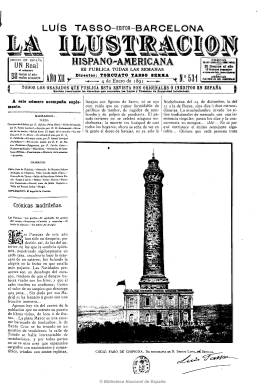
Título: La Ilustración hispano-americana
Otros títulos: Ilustración hispano americana || Ilustración hispanoamericana || Ilustración
Colección: Revistas de información general
Ámbito geográfico: Barcelona
Lugar de publicación: Barcelona
Fechas: 04/01/1891-31/12/1891

Con este título se publicó durante 1891 la revista La ilustración, que había comenzado a editar el impresor Luis Tasso Serra el siete de noviembre de 1880, en Barcelona. Se trata pues de sólo un cambio en la cabecera de la publicación, que ya desde 1885 había adoptado el subtítulo de “revista hispano-americana”, a la vez que había aumentado sus números semanales hasta las dieciséis páginas, quizá para dar sentido a los destacados contenidos sobre los países hispanoamericanos y a los suscriptores que pudiera tener en ese continente.

Su estructura es exactamente la misma, así como el carácter de sus grabados, unos procedentes del natural y otros de fotografías, tanto locales como de provincias españolas y otros importados del extranjero, junto a textos de variada naturaleza, como crónicas de actualidad social, política o cultural, y artículos variados de ciencias, técnica, historia, sociología, etc., además de los de creación literaria y algunas poesías.

Esta típica revista ilustrada de la segunda mitad del diecinueve, editó bajo esta cabecera los números 531 a 582, al continuar la secuencia de su predecesora, desde el cuatro de enero al 31 de diciembre de 1891. Véase La ilustración (Barcelona), en esta Hemeroteca Digital de la BNE.